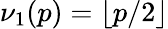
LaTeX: \nu_{1}(p)=\lfloor p/2\rfloor